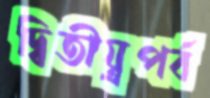
দ্বিতীয়্রপর্ব